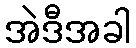
အဲဒီအခါ